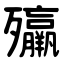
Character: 㱻